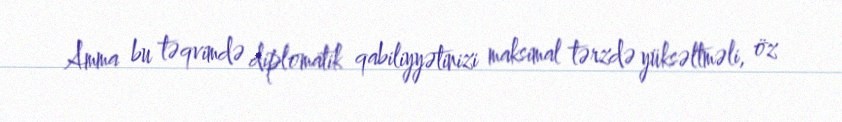
Amma bu təqvimdə diplomatik qabiliyyətinizi maksimal tərzdə yüksəltməli, öz